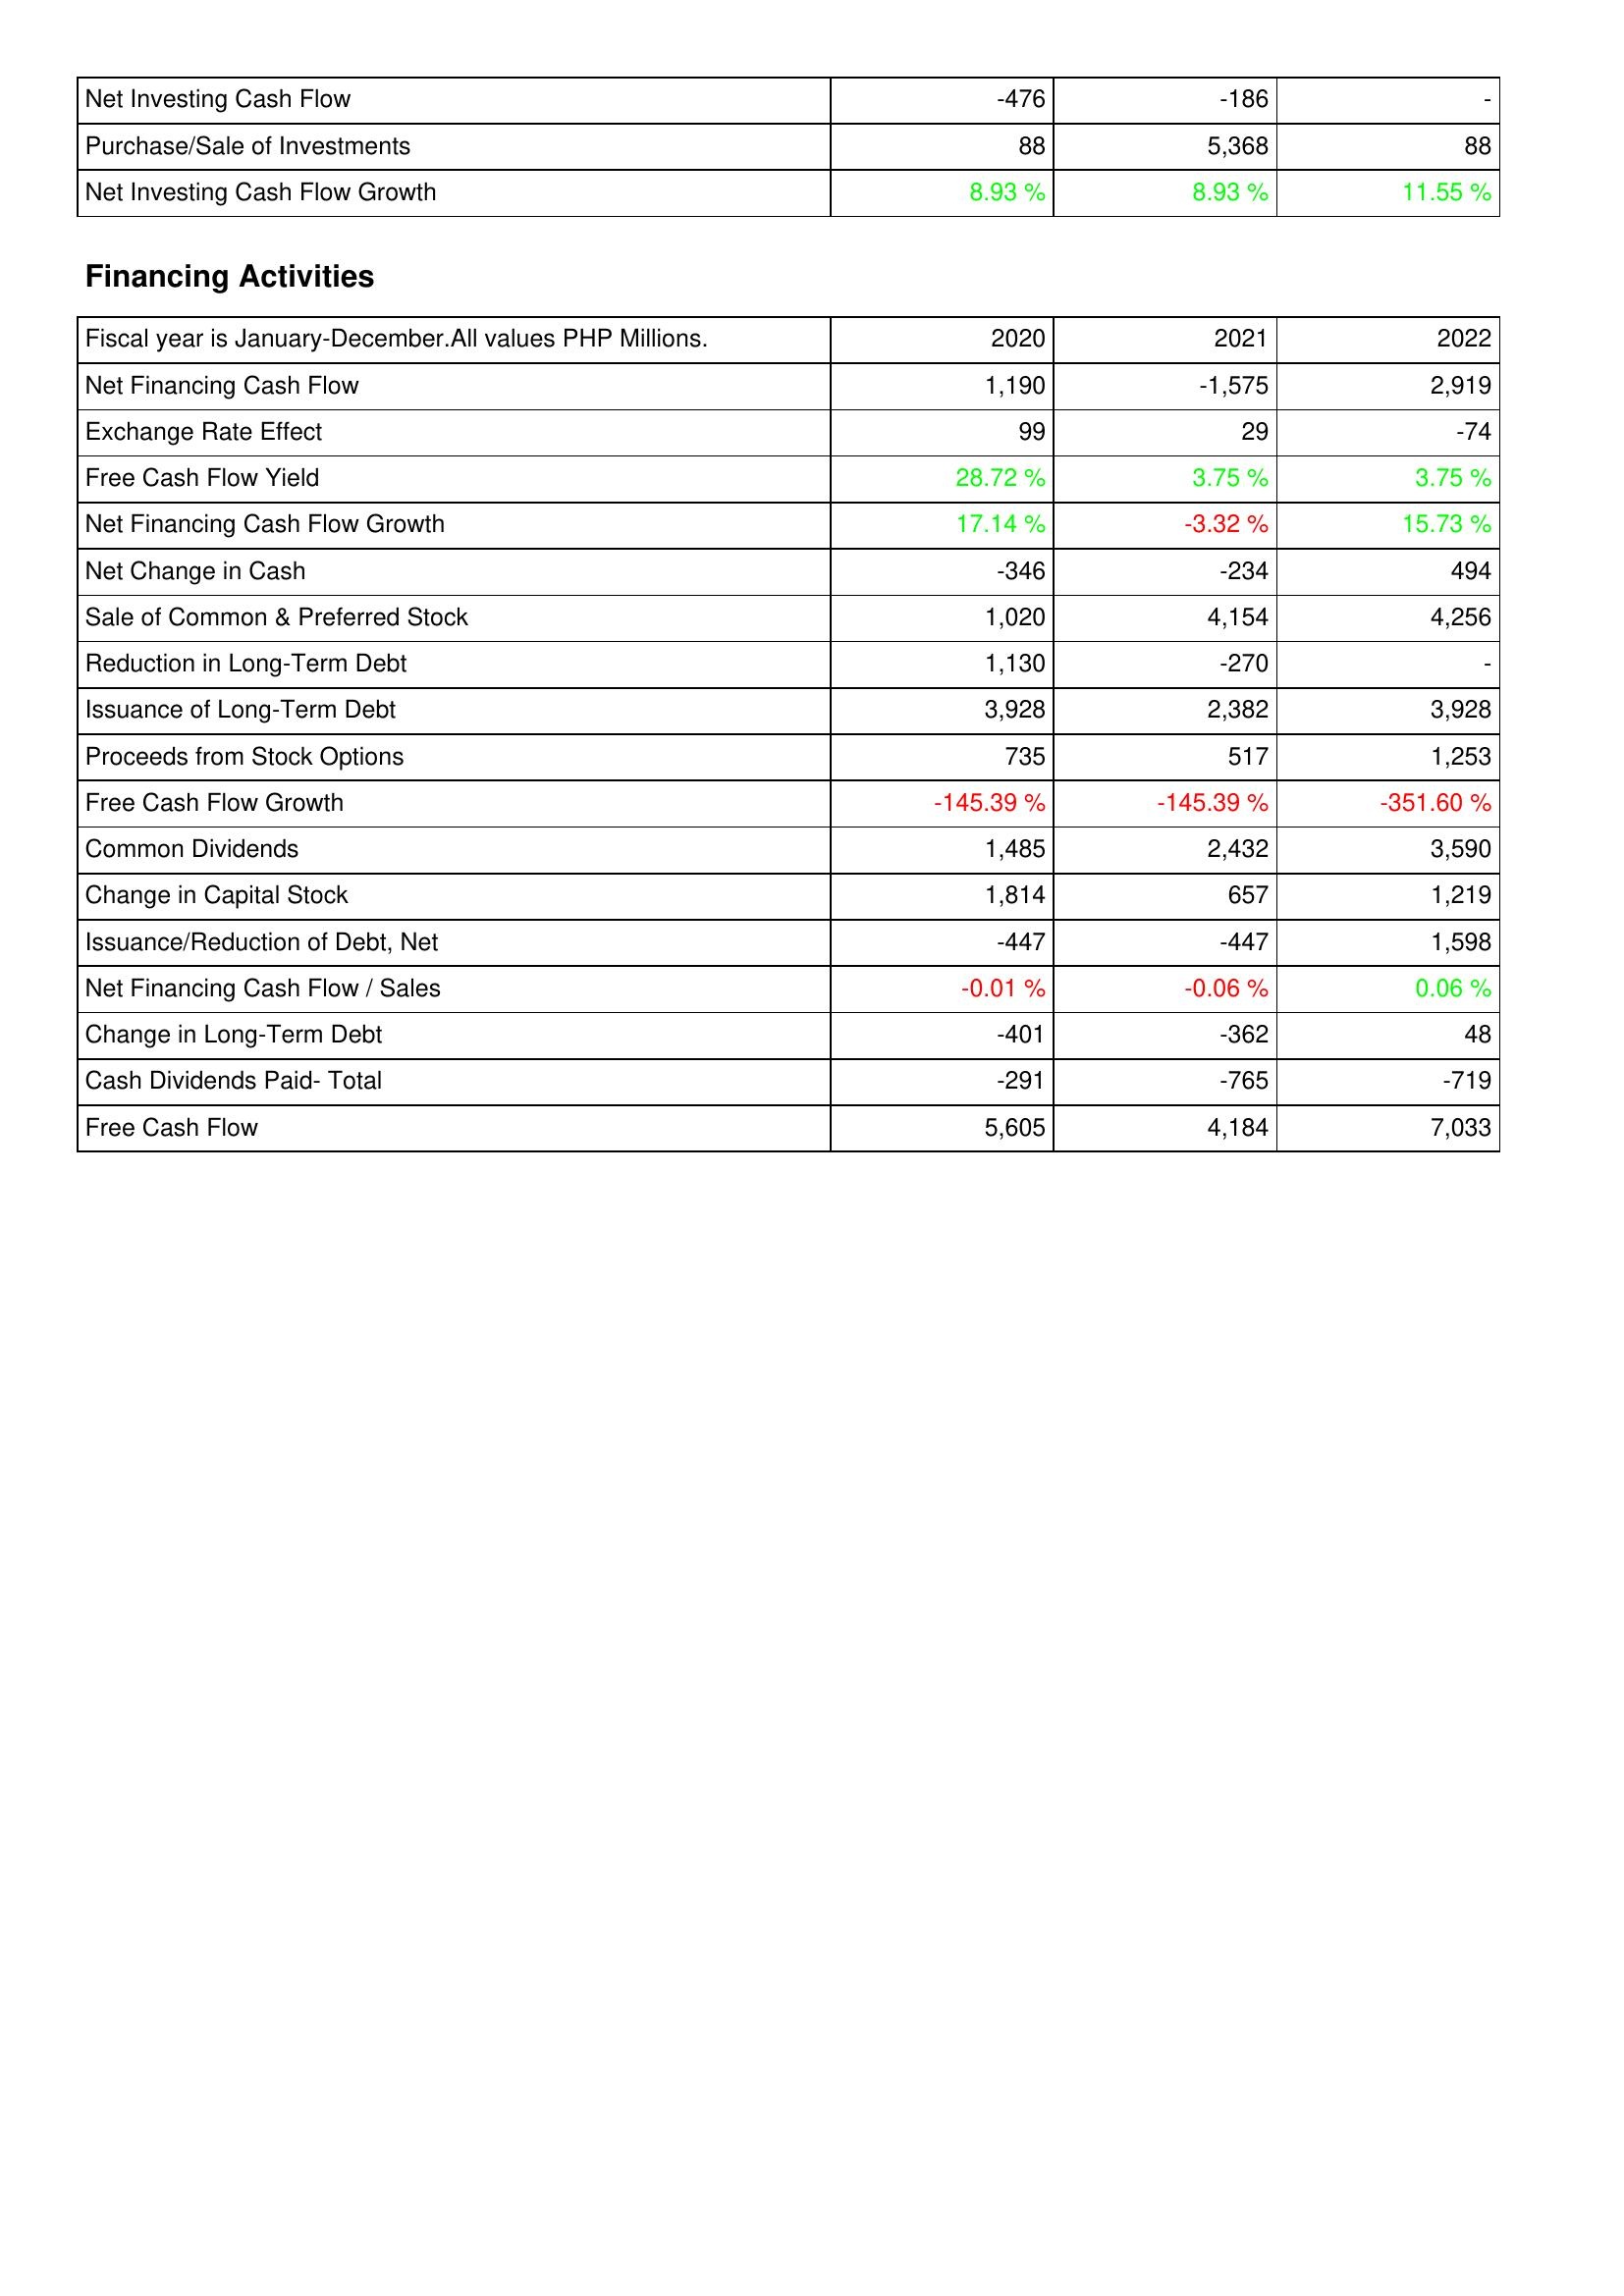
2020: Investing Activities: Net Investing Cash Flow: -476
Purchase/Sale of Investments: 88
Net Investing Cash Flow Growth: 8.93 %
Financing Activities: Net Financing Cash Flow: 1,190
Exchange Rate Effect: 99
Free Cash Flow Yield: 28.72 %
Net Financing Cash Flow Growth: 17.14 %
Net Change in Cash: -346
Sale of Common & Preferred Stock: 1,020
Reduction in Long-Term Debt: 1,130
Issuance of Long-Term Debt: 3,928
Proceeds from Stock Options: 735
Free Cash Flow Growth: -145.39 %
Common Dividends: 1,485
Change in Capital Stock: 1,814
Issuance/Reduction of Debt, Net: -447
Net Financing Cash Flow / Sales: -0.01 %
Change in Long-Term Debt: -401
Cash Dividends Paid- Total: -291
Free Cash Flow: 5,605
2021: Investing Activities: Net Investing Cash Flow: -186
Purchase/Sale of Investments: 5,368
Net Investing Cash Flow Growth: 8.93 %
Financing Activities: Net Financing Cash Flow: -1,575
Exchange Rate Effect: 29
Free Cash Flow Yield: 3.75 %
Net Financing Cash Flow Growth: -3.32 %
Net Change in Cash: -234
Sale of Common & Preferred Stock: 4,154
Reduction in Long-Term Debt: -270
Issuance of Long-Term Debt: 2,382
Proceeds from Stock Options: 517
Free Cash Flow Growth: -145.39 %
Common Dividends: 2,432
Change in Capital Stock: 657
Issuance/Reduction of Debt, Net: -447
Net Financing Cash Flow / Sales: -0.06 %
Change in Long-Term Debt: -362
Cash Dividends Paid- Total: -765
Free Cash Flow: 4,184
2022: Investing Activities: Net Investing Cash Flow: -
Purchase/Sale of Investments: 88
Net Investing Cash Flow Growth: 11.55 %
Financing Activities: Net Financing Cash Flow: 2,919
Exchange Rate Effect: -74
Free Cash Flow Yield: 3.75 %
Net Financing Cash Flow Growth: 15.73 %
Net Change in Cash: 494
Sale of Common & Preferred Stock: 4,256
Reduction in Long-Term Debt: -
Issuance of Long-Term Debt: 3,928
Proceeds from Stock Options: 1,253
Free Cash Flow Growth: -351.60 %
Common Dividends: 3,590
Change in Capital Stock: 1,219
Issuance/Reduction of Debt, Net: 1,598
Net Financing Cash Flow / Sales: 0.06 %
Change in Long-Term Debt: 48
Cash Dividends Paid- Total: -719
Free Cash Flow: 7,033